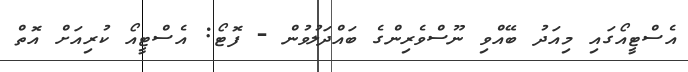
އެސްޓީއޯގައި މިއަދު ބޭއްވި ނޫސްވެރިންގެ ބައްދަލުވުން - ފޮޓޯ: އެސްޓީއޯ ކުރިއަށް އޮތް